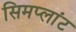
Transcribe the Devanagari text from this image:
सिमप्लांट